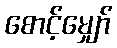
စောင့်မျှော်